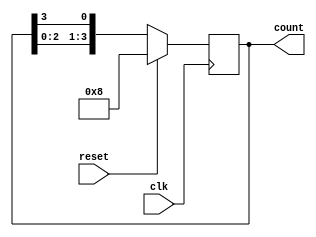
module ring_counter (
    input wire clk,           // Clock signal
    input wire reset,         // Synchronous reset signal
    output reg [3:0] count    // 4-bit counter output
);

    // Initial state
    initial begin
        count = 4'b1000;  // Set initial state to 1000
    end

    // Always block that triggers on the rising edge of the clock
    always @(posedge clk) begin
        if (reset) begin
            count <= 4'b1000;  // Reset to initial state
        end else begin
            count <= {count[2:0], count[3]}; // Shift left the bits
        end
    end

endmodule